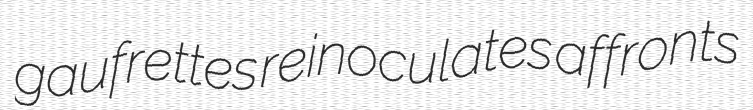
gaufrettes reinoculates affronts